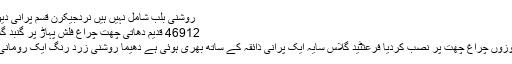
روشنی بلب شامل نہیں ہیں نردجیکرن قسم پرانی دیوار روشنی .. $72.99
46912 قدیم دھاتی چھت چراغ فلش پہاڑ پر گنبد گلاس شیڈ کے ساتھ ظاہر
اُنہوں دھاتی سےزیادہ موزوں چراغ چھت پر نصب کردیا فرعثٹید گلاس سایہ ایک پرانی ذائقہ کے ساتھ بھری ہوئی ہے دھیما روشنی زرد رنگ ایک رومانی ماحول فراہم کرتا ہے ۔